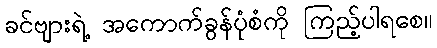
ခင်ဗျားရဲ့ အကောက်ခွန်ပုံစံကို ကြည့်ပါရစေ။